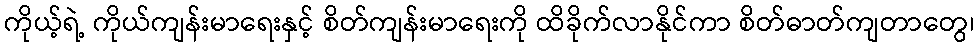
ကိုယ့်ရဲ့ ကိုယ်ကျန်းမာရေးနှင့် စိတ်ကျန်းမာရေးကို ထိခိုက်လာနိုင်ကာ စိတ်ဓာတ်ကျတာတွေ၊